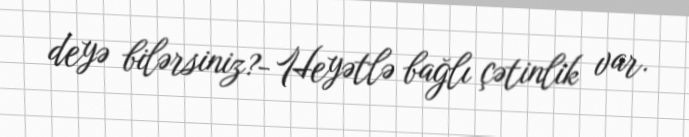
deyə bilərsiniz?- Heyətlə bağlı çətinlik var.